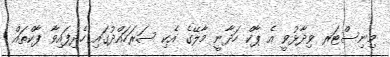
މިނިސްޓަރ ވިދާޅުވީ އެ ޕާކް ހަދާނީ މާލޭގެ އެކި ސަރަހައްދުގައި ހެދިފައިވާ ޕާކްތައް